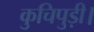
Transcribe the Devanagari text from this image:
कुचिपुड़ी।